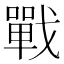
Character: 戰